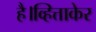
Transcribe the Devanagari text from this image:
है।व्हित्ताकेर